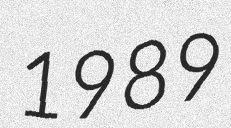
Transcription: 1989